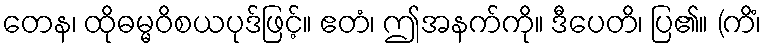
တေန၊ ထိုဓမ္မဝိစယပုဒ်ဖြင့်။ ဧတံ၊ ဤအနက်ကို။ ဒီပေတိ၊ ပြ၏။ (ကိံ၊